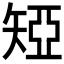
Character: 𥏝